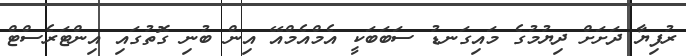
ރުފިޔާ ދަށަށް ދިޔުމުގެ މައިގަނޑު ސަބަބަކީ އެމްއެމްއޭ އިން ބުނި ގޮތުގައި އިންޓަރެސްޓް